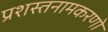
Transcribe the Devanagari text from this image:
प्रशस्तनामकरणो